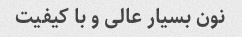
نون بسیار عالی و با کیفیت